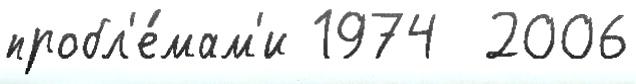
пробл'е́мам'и 1974  2006